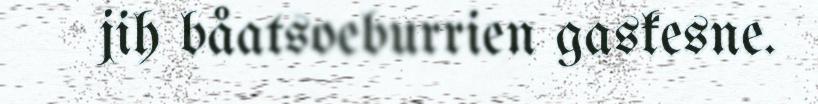
jih båatsoeburrien gaskesne.